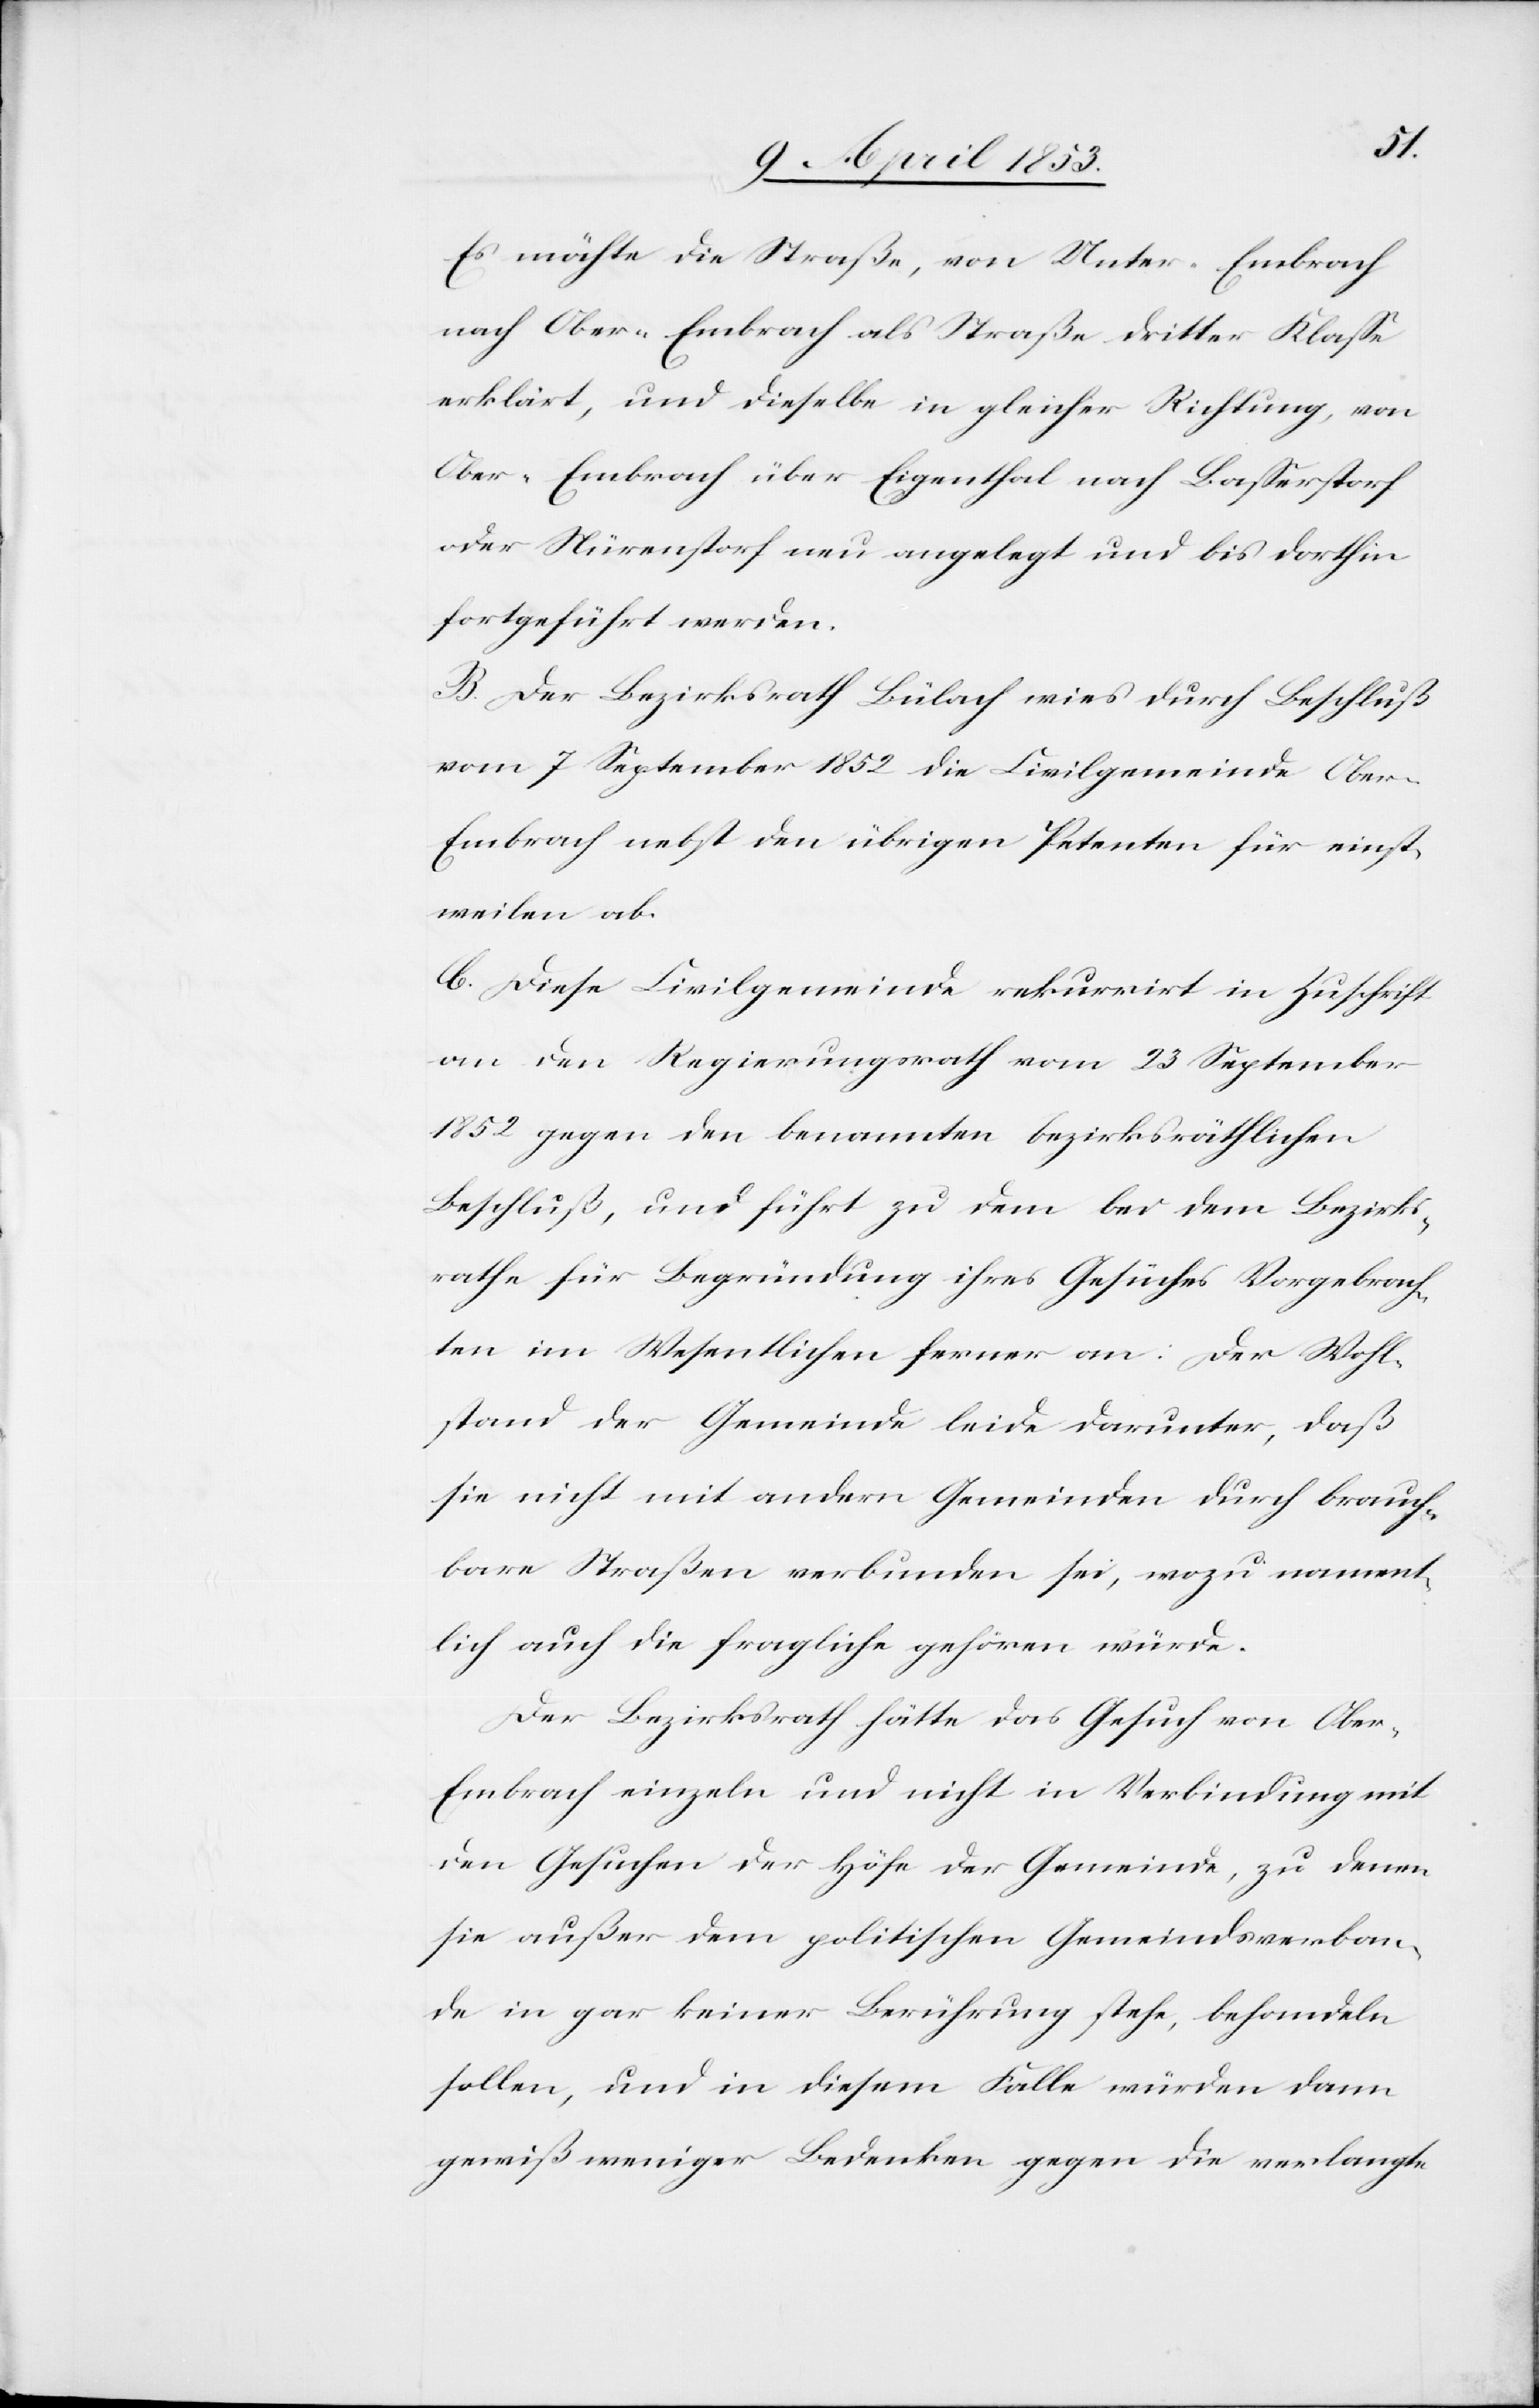
Es möchte die Straße, von Unter-Embrach
nach Ober-Embrach als Straße dritter Klaße
erklärt, und dieselbe in gleicher Richtung, von
Ober-Embrach über Eigenthal nach Baßerstorf
oder Nürenstorf neu angelegt und bis dorthin
fortgeführt werden.
B. Der Bezirksrath Bülach wies durch Beschluß
vom 7 September 1852 die Civilgemeinde Ober-E¬
mbrach nebst den übrigen Petenten für einst¬
weilen ab.
C. Diese Civilgemeinde rekurrirt in Zuschrift
an den Regierungsrath vom 23 September
1852 gegen den benannten bezirksräthlichen
Beschluß, und führt zu dem bei dem Bezirks¬
rathe für Begründung ihres Gesuches Vorgebrach¬
ten im Wesentlichen ferner an: Der Wohl¬
stand der Gemeinde leide darunter, daß
sie nicht mit andern Gemeinden durch brauch¬
bare Straßen verbunden sei, wozu nament¬
lich auch die fragliche gehören würde.
Der Bezirksrath hätte das Gesuch von Obe¬
r-Embrach einzeln und nicht in Verbindung mit
den Gesuchen der Höfe der Gemeinde, zu denen
sie außer dem politischen Gemeindsverban¬
de in gar keiner Berührung stehe, behandeln
sollen, und in diesem Falle würden dann
gewiß weniger Bedenken gegen die verlangte